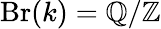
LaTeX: \operatorname{Br}(k)=\mathbb{Q}/\mathbb{Z}